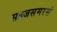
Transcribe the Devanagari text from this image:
सहजसमरसं